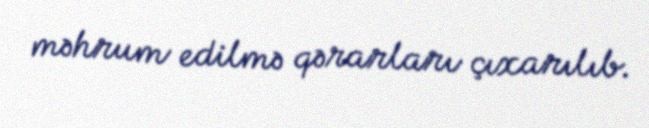
məhrum edilmə qərarları çıxarılıb.